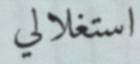
استغلالي